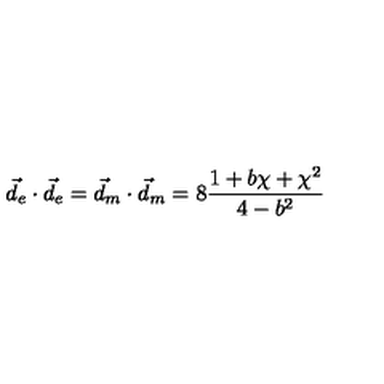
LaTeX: \vec { d } _ { e } \cdot \vec { d } _ { e } = \vec { d } _ { m } \cdot \vec { d } _ { m } = 8 \frac { 1 + b \chi + \chi ^ { 2 } } { 4 - b ^ { 2 } }